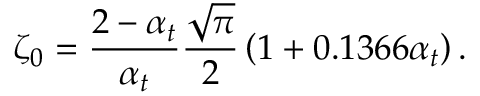
\zeta _ { 0 } = \frac { 2 - \alpha _ { t } } { \alpha _ { t } } \frac { \sqrt { \pi } } { 2 } \left( 1 + 0 . 1 3 6 6 \alpha _ { t } \right) .